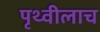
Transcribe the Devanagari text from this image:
पृथ्वीलाच